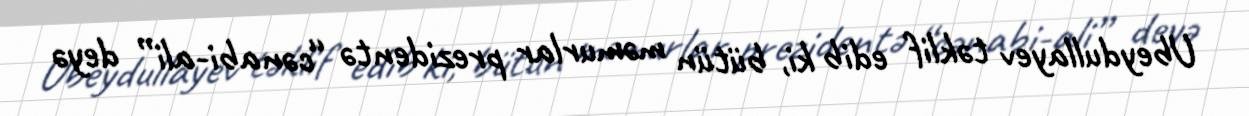
Ubeydullayev təklif edib ki, bütün məmurlar prezidentə “cənabi-ali” deyə